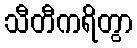
သီတီကရိတွာ